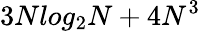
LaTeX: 3Nlog_{2}N+4N^{3}